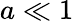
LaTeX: a\ll 1